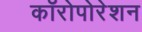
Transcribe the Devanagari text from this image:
कॉरोपोरेशन